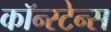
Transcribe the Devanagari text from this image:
कॉन्स्टेन्स